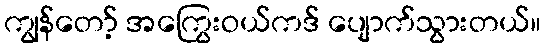
ကျွန်တော့် အကြွေးဝယ်ကဒ် ပျောက်သွားတယ်။